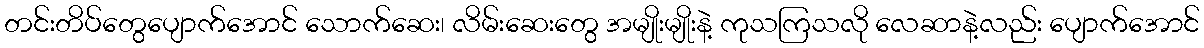
တင်းတိပ်တွေပျောက်အောင် သောက်ဆေး၊ လိမ်းဆေးတွေ အမျိုးမျိုးနဲ့ ကုသကြသလို လေဆာနဲ့လည်း ပျောက်အောင်